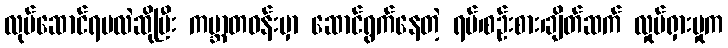
လုပ်ဆောင်ရမလဲဆိုပြီး ကမ္ဘာတဝန်းမှာ ဆောင်ရွက်နေတဲ့ ရပ်၊စဉ်းစား၊ချိတ်ဆက် လှုပ်ရှားမှုက